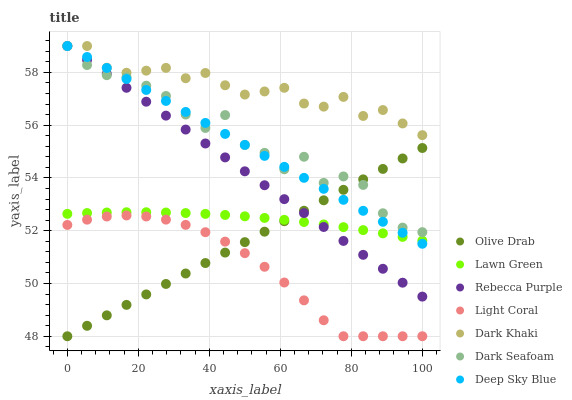
| xaxis_label | Olive Drab | Lawn Green | Rebecca Purple | Light Coral | Dark Khaki | Dark Seafoam | Deep Sky Blue |
 | --- | --- | --- | --- | --- | --- | --- | --- |
 | 0 | 48 | 52.6 | 59 | 52.2 | 59 | 59 | 59 |
 | 5.56 | 48.4 | 52.7 | 58.5 | 52.4 | 59 | 58.3 | 58.6 |
 | 11.1 | 48.8 | 52.7 | 57.9 | 52.5 | 58.2 | 57.9 | 58.2 |
 | 16.7 | 49.2 | 52.7 | 57.4 | 52.6 | 58 | 57.8 | 57.8 |
 | 22.2 | 49.6 | 52.7 | 56.9 | 52.5 | 58.1 | 57.5 | 57.3 |
 | 27.8 | 50 | 52.7 | 56.4 | 52.4 | 58.2 | 57.1 | 56.9 |
 | 33.3 | 50.4 | 52.7 | 55.8 | 52.2 | 57.8 | 56.4 | 56.5 |
 | 38.9 | 50.8 | 52.6 | 55.3 | 51.9 | 58 | 55.9 | 56.1 |
 | 44.4 | 51.2 | 52.6 | 54.8 | 51.6 | 57.5 | 56.4 | 55.7 |
 | 50 | 51.6 | 52.5 | 54.3 | 51.1 | 57.2 | 55.2 | 55.3 |
 | 55.6 | 52 | 52.5 | 53.7 | 50.6 | 57.3 | 55 | 54.8 |
 | 61.1 | 52.4 | 52.4 | 53.2 | 50 | 57.4 | 54.3 | 54.4 |
 | 66.7 | 52.8 | 52.3 | 52.7 | 49.4 | 56.8 | 54.8 | 54 |
 | 72.2 | 53.2 | 52.2 | 52.1 | 48.6 | 56.7 | 53.8 | 53.6 |
 | 77.8 | 53.5 | 52.1 | 51.6 | 48 | 57.1 | 54.1 | 53.2 |
 | 83.3 | 53.9 | 52 | 51.1 | 48 | 56.3 | 53.7 | 52.8 |
 | 88.9 | 54.3 | 51.9 | 50.6 | 48 | 56.6 | 52.7 | 52.3 |
 | 94.4 | 54.7 | 51.8 | 50 | 48 | 56.1 | 52.1 | 51.9 |
 | 100 | 55.1 | 51.6 | 49.5 | 48 | 55.6 | 51.9 | 51.5 |